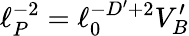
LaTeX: \ell_{P}^{-2}=\ell_{0}^{-D^{\prime}+2}V_{B}^{\prime}